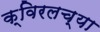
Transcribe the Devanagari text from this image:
क्विरलच्या